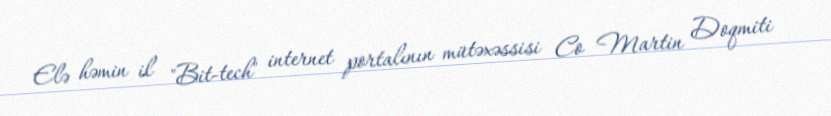
Elə həmin il "Bit-tech" internet portalının mütəxəssisi Co Martin Doqmiti